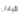
اليابان